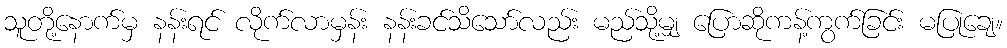
သူတို့နောက်မှ နန်းရင် လိုက်လာမှန်း နန်းခင်သိသော်လည်း မည်သို့မျှ ပြောဆိုကန့်ကွက်ခြင်း မပြုချေ။